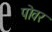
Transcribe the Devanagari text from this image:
पोवर